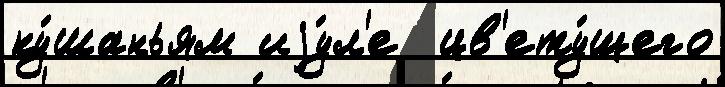
ку́шаньям иjу́л'е  цв'ету́щего